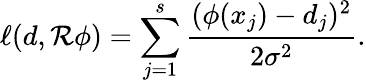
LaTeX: \ell(d,\mathcal{R}\phi)=\sum_{j=1}^{s}\frac{{(\phi(x_{j})-d_{j})^{2}}}{{2\sigma^{2}}}.